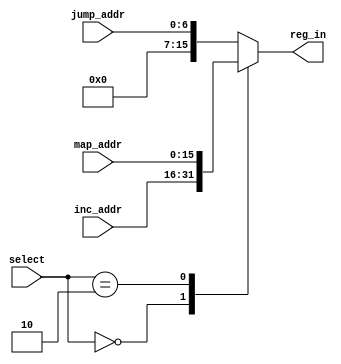
module mux1_control_unit(
	input [15:0] map_addr,
	input [6:0] jump_addr,
	input [15:0] inc_addr,
	input [1:0] select,
	output reg [15:0] reg_in
);

always @(map_addr or jump_addr or inc_addr or select)
    begin
        case(select)
            0:reg_in    <=   inc_addr;
            1:reg_in    <=   jump_addr;
            2:reg_in    <=   map_addr;
            default: reg_in <=   jump_addr;        
        endcase
    end
				  
endmodule